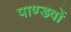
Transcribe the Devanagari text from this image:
पाण्डवाें